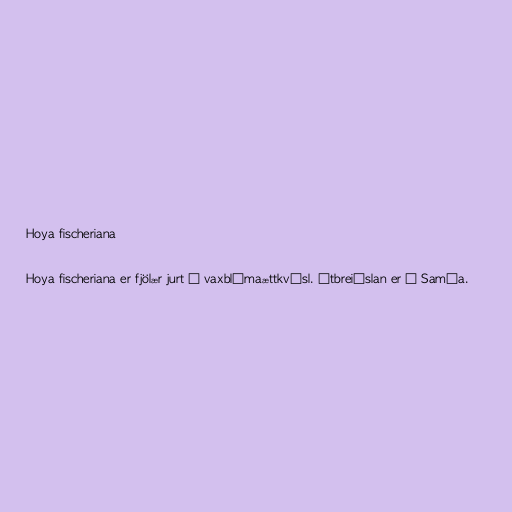
Hoya fischeriana

Hoya fischeriana er fjölær jurt í vaxblómaættkvísl. Útbreiðslan er á Samóa.